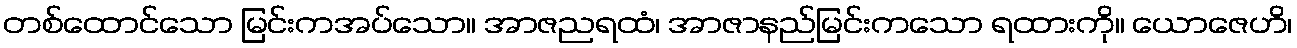
တစ်ထောင်သော မြင်းကအပ်သော။ အာဇညရထံ၊ အာဇာနည်မြင်းကသော ရထားကို။ ယောဇေဟိ၊